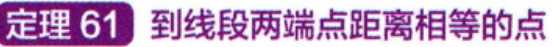
定理 61 到线段两端点距离相等的点